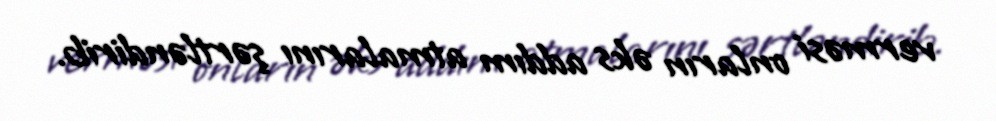
verməsi onların əks addım atmalarını şərtləndirib.